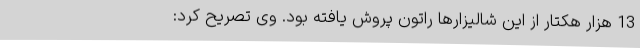
13 هزار هکتار از این شالیزارها راتون پروش یافته بود. وی تصریح کرد: